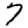
Digit: 7